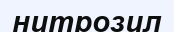
нитрозил